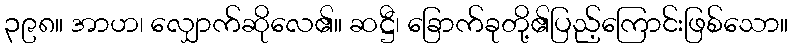
၃၉၈။ အာဟ၊ လျှောက်ဆိုလေ၏။ ဆဋ္ဌီ၊ ခြောက်ခုတို့၏ပြည့်ကြောင်းဖြစ်သော။